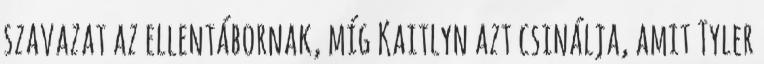
szavazat az ellentábornak, míg Kaitlyn azt csinálja, amit Tyler